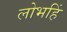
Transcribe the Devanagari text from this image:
लोभहिं